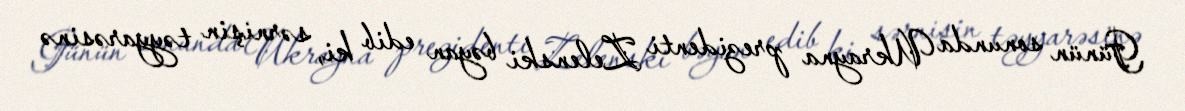
Günün sonunda Ukrayna prezidenti Zelenski bəyan edib ki, sərnişin təyyarəsinə